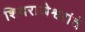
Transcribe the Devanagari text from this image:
शिवराजेश्वरांचे